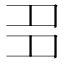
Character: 𡖈